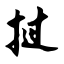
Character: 挝